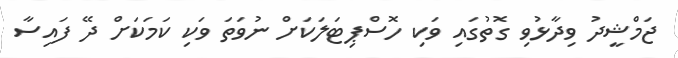
ޖަމްޝީދު ވިދާޅުވި ގޮތުގައި ވަކި ހޮސްޕިޓަލަކަށް ނުވަތަ ވަކި ކަމަކަށް ދޭ ފައިސާ